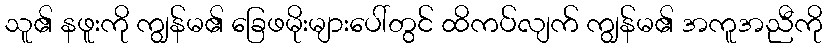
သူ၏ နဖူးကို ကျွန်မ၏ ခြေဖမိုးများပေါ်တွင် ထိကပ်လျက် ကျွန်မ၏ အကူအညီကို